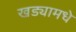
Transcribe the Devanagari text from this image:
खड्यामधे